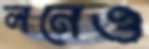
লনেও